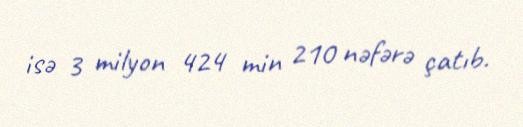
isə 3 milyon 424 min 210 nəfərə çatıb.